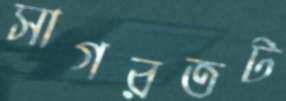
সাগরতট